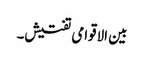
بین الاقوامی تفتیش۔